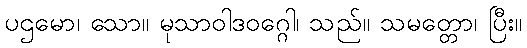
ပဌမော၊ သော။ မုသာဝါဒဝဂ္ဂေါ၊ သည်။ သမတ္တော၊ ပြီး။